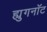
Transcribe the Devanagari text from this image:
ह्युगनॉट